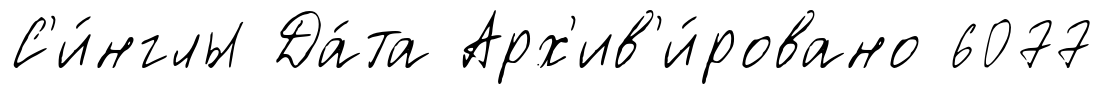
С'и́нглы Да́та Арх'ив'и́ровано 6077